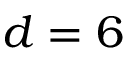
d = 6